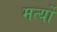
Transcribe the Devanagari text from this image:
मर्त्यो